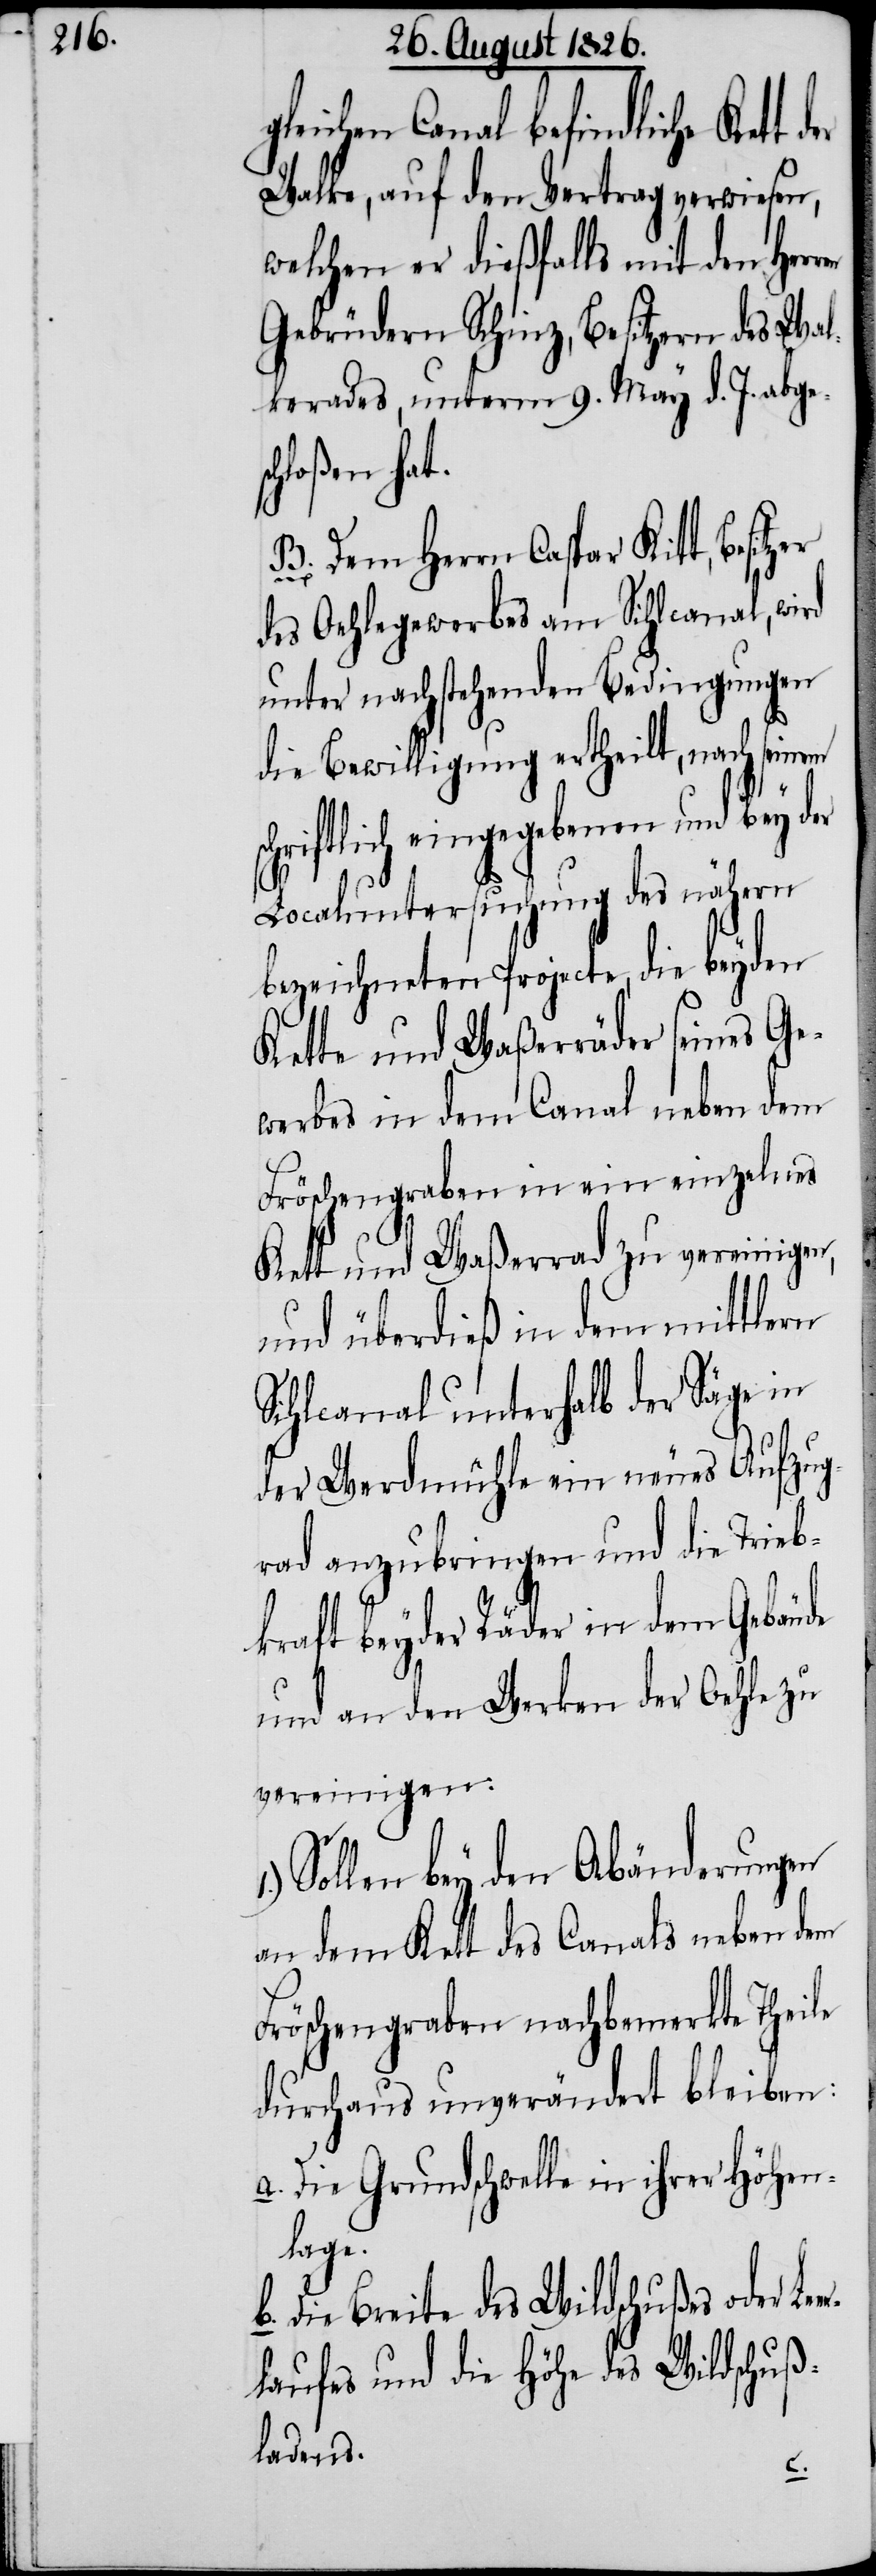
gleichen Canal befindliche Kett
Walke, auf den Vertrag verwiesen,
welchen er dießfalls mit den Her¬
Gebrüdern Schinz, Besitzern des Wal¬
kerades, unterm 9. May d. J. abges¬
chloßen hat.
B. Dem Herrn Caspar Kitt, Besitz¬
des Oehlegewerbes am Sihlcanal, wird
unter nachstehenden Bedingungen
die Bewilligung ertheilt, nach seinem
chriftlich eingegebenen und bey der
Localuntersuchung des nähern
bezeichneten Projecte, die
Kette und Waßerräder seines Ge¬
werbes in dem Canal neben dem
Fröschengraben in ein einzelnes
er
Kett und Waßerrad zu vereinigen,
und überdieß in dem mittlern
Sihlcanal unterhalb der Säge in
der Werdmühle ein neues Aufzug¬
rad anzubringen und die Trieb¬
kraft beyder Räder in dem Gebäude
und an den Werken der Oehle zu
vereinigen:
Sollen bey den Abänderungen
an dem Kett des Canals neben dem
Fröschengraben nachbemerkte Theile
durchaus unverändert bleiben:
a. Die Grundschwelle in ihrer Höhen¬
lage.
b. Die Breite des Wildschußes oder Le¬
laufes und die Höhe des Wildschuß¬
ladens.
er¬